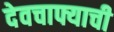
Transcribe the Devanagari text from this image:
देवचाफ्याची